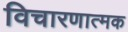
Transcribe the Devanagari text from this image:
विचारणात्मक